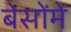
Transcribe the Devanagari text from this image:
बेसोंमें